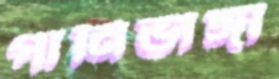
পানিভাঙ্গা